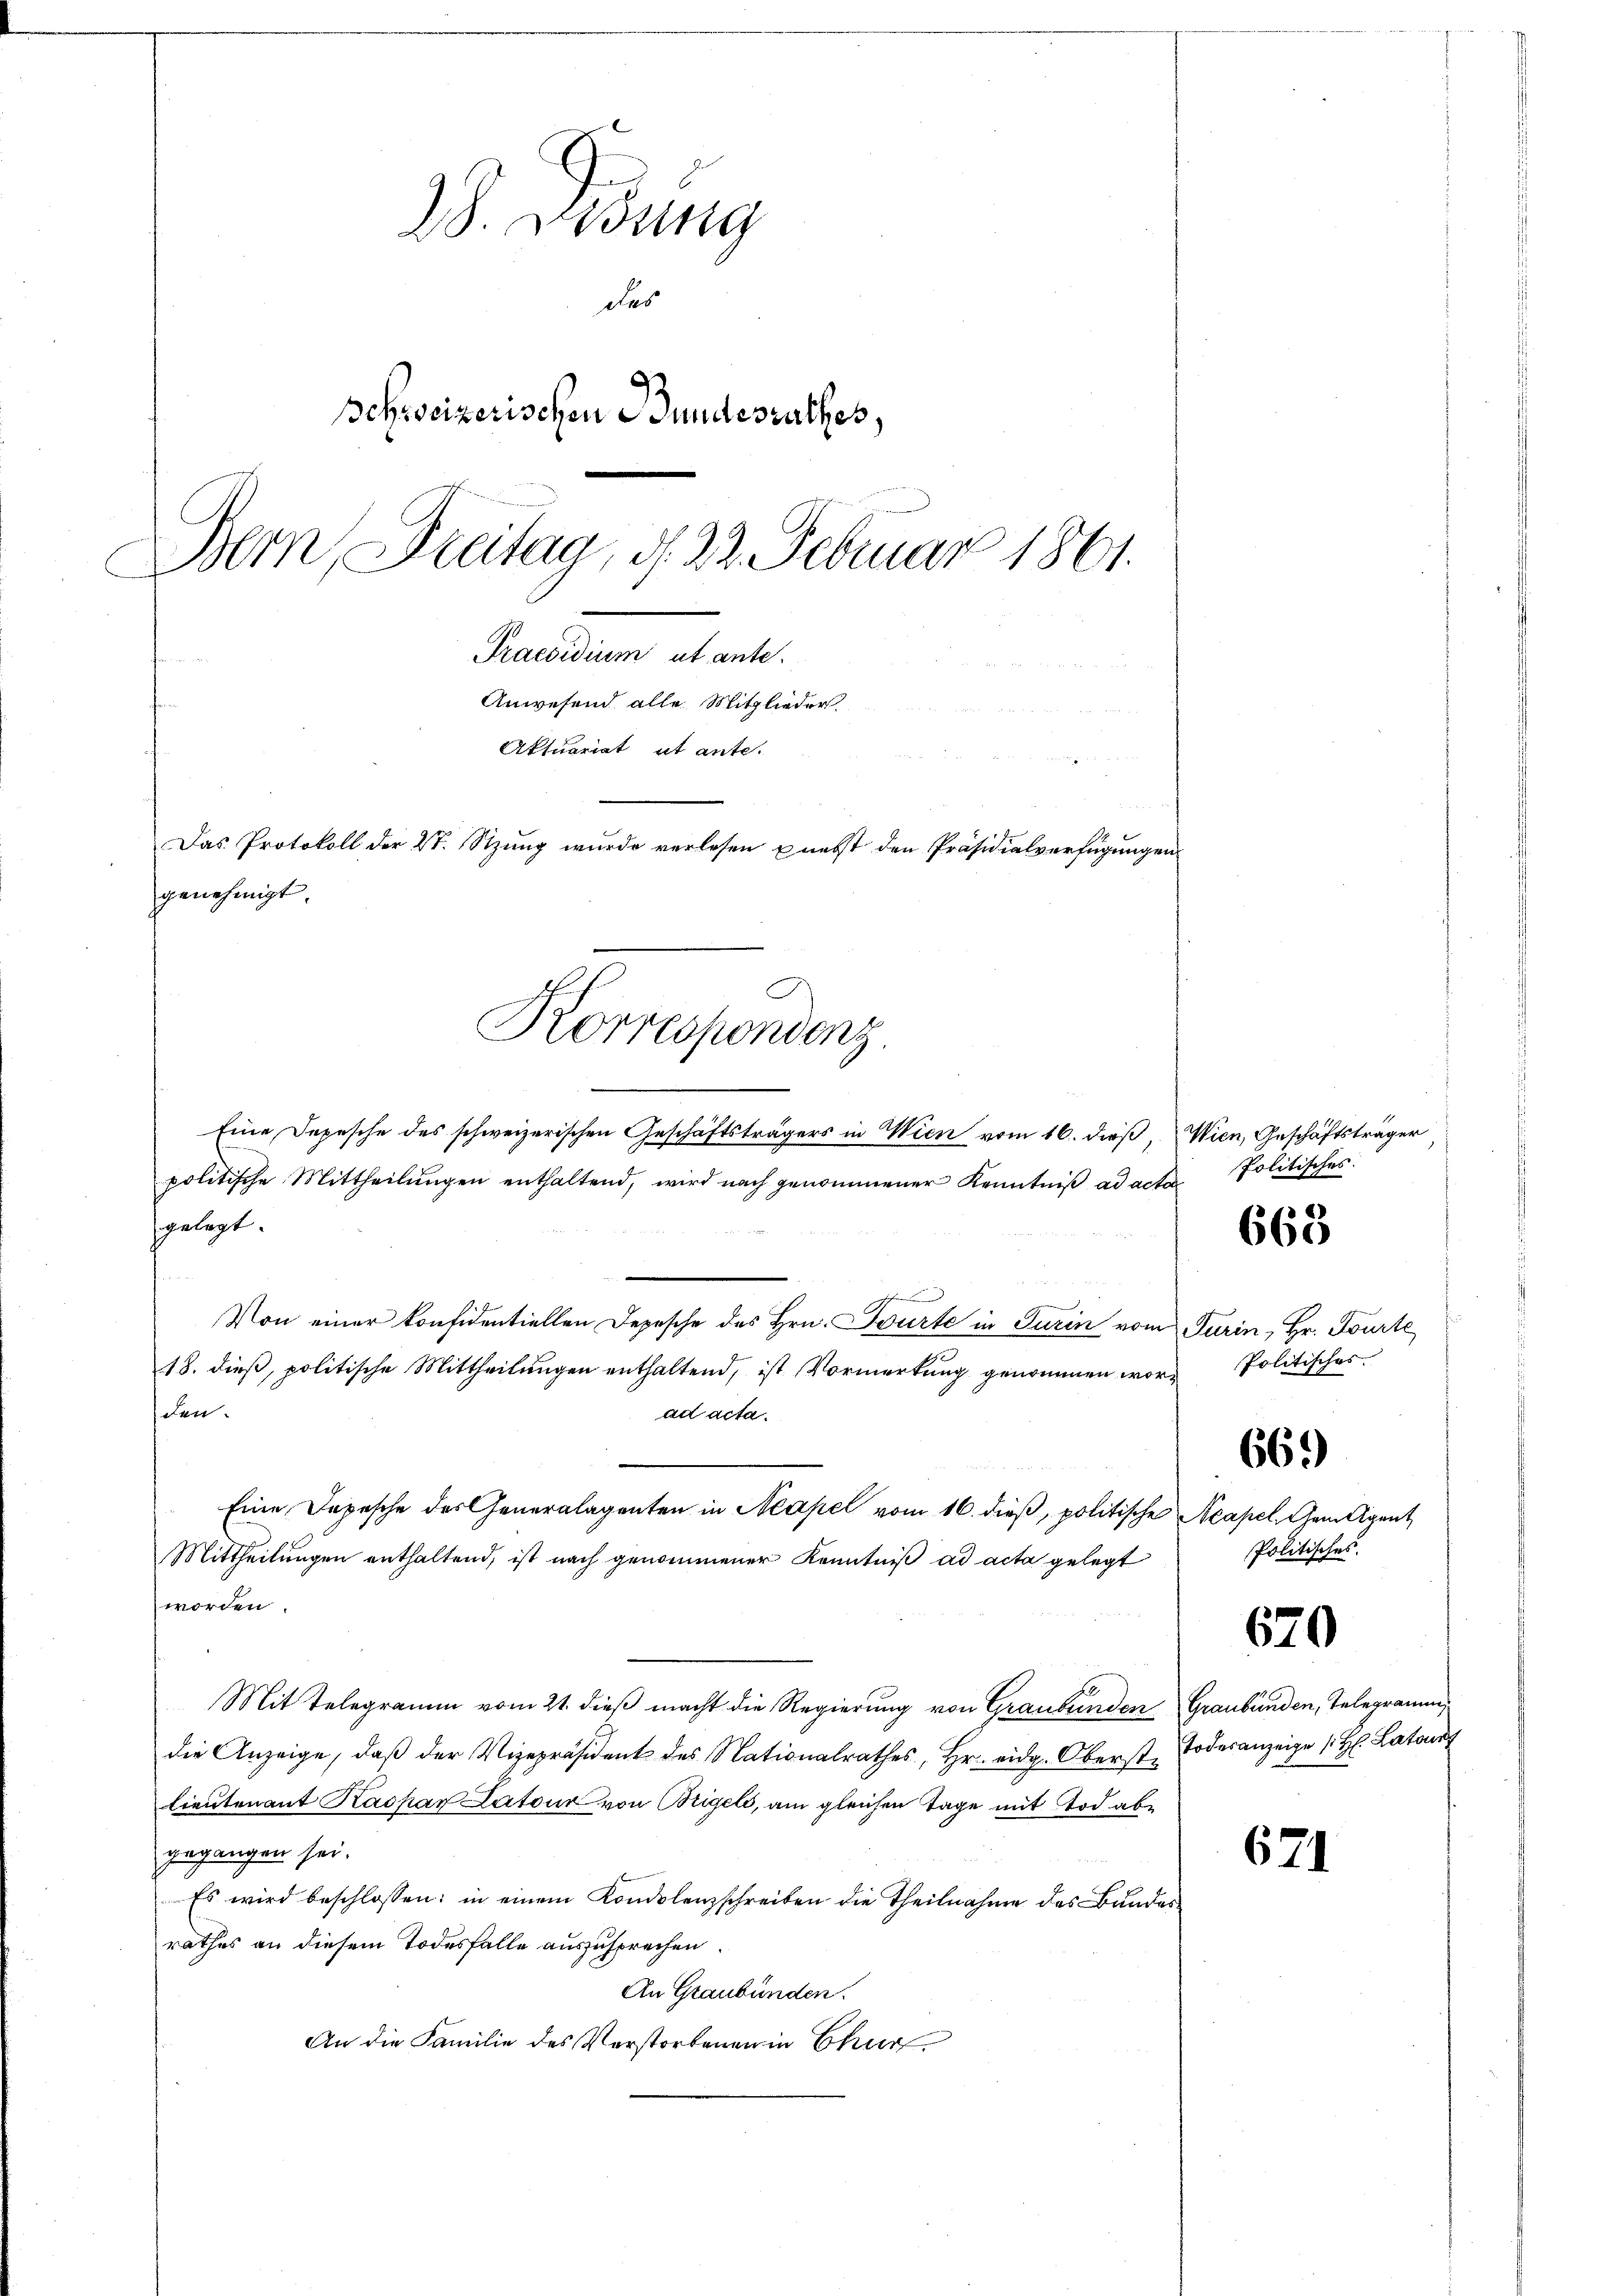
WS. Wung
des
Schweizerischen Bundesrathes,
Bern, Freitag, d. 22. Februar 1861.
Praesum abant.

genehmigt.

Korrespondenz.
.

Anwesend alle Mitglieder
Aktuariat ut ante.
Das Protokoll der 2t. Sizŭng wurde verlesen u nebst den Präsidialverfügŭngen

Eine Depesche des schweizerischen Geschäftsträgers in Wien vom 16. dieß,
politische Mittheilŭngen enthaltend, wird nach genommener Kenntniß ad acto
gelegt.
Von einer konfidentiellen Depesche des Hrn. Tourte in Turin vom Turin, Hr. Tourte
18. dieß, politische Mittheilungen enthaltend, ist Vormerkung genommen word Politisches
den.
ad acta.
Eine Depesche des Generalagenten in Neapel vom 16. dieß, politische Acapel Gemeigent
Mittheilungen enthaltend, ist nach genommener Kenntniß ad acta gelegt
worden.
Mit Telegramm vom 21. dieß macht die Regierung von Graubünden
die Anzeige, daβ der Vizepräsident des Nationalrathes, Hr. eidg. Oberst Todesanzeige 1 H. Later
lieutenant Kaspar Latour von Beigels, am gleichen Tage mit Tod abe
gegangen sei.
Es wird beschlossen: in einem Kondolenzschreiben die Theilnahme des Bundes
rathes an diesem Todesfalle auszusprechen.
An Graubünden.
An die Familie des Verstorbenen in Chur

Wien, Geschäftsträger
Politisches.

668

669)

Politisches.

670

Graubünden, Telegramm,

671